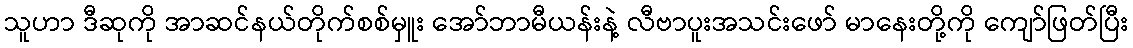
သူဟာ ဒီဆုကို အာဆင်နယ်တိုက်စစ်မှူး အော်ဘာမီယန်းနဲ့ လီဗာပူးအသင်းဖော် မာနေးတို့ကို ကျော်ဖြတ်ပြီး